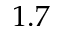
1 . 7